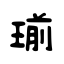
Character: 瑐